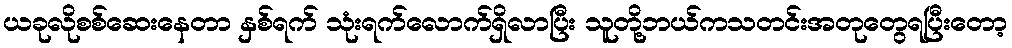
ယခုလိုစစ်ဆေးနေတာ နှစ်ရက် သုံးရက်လောက်ရှိလာပြီး သူတို့ဘယ်ကသတင်းအတုတွေရပြီးတော့